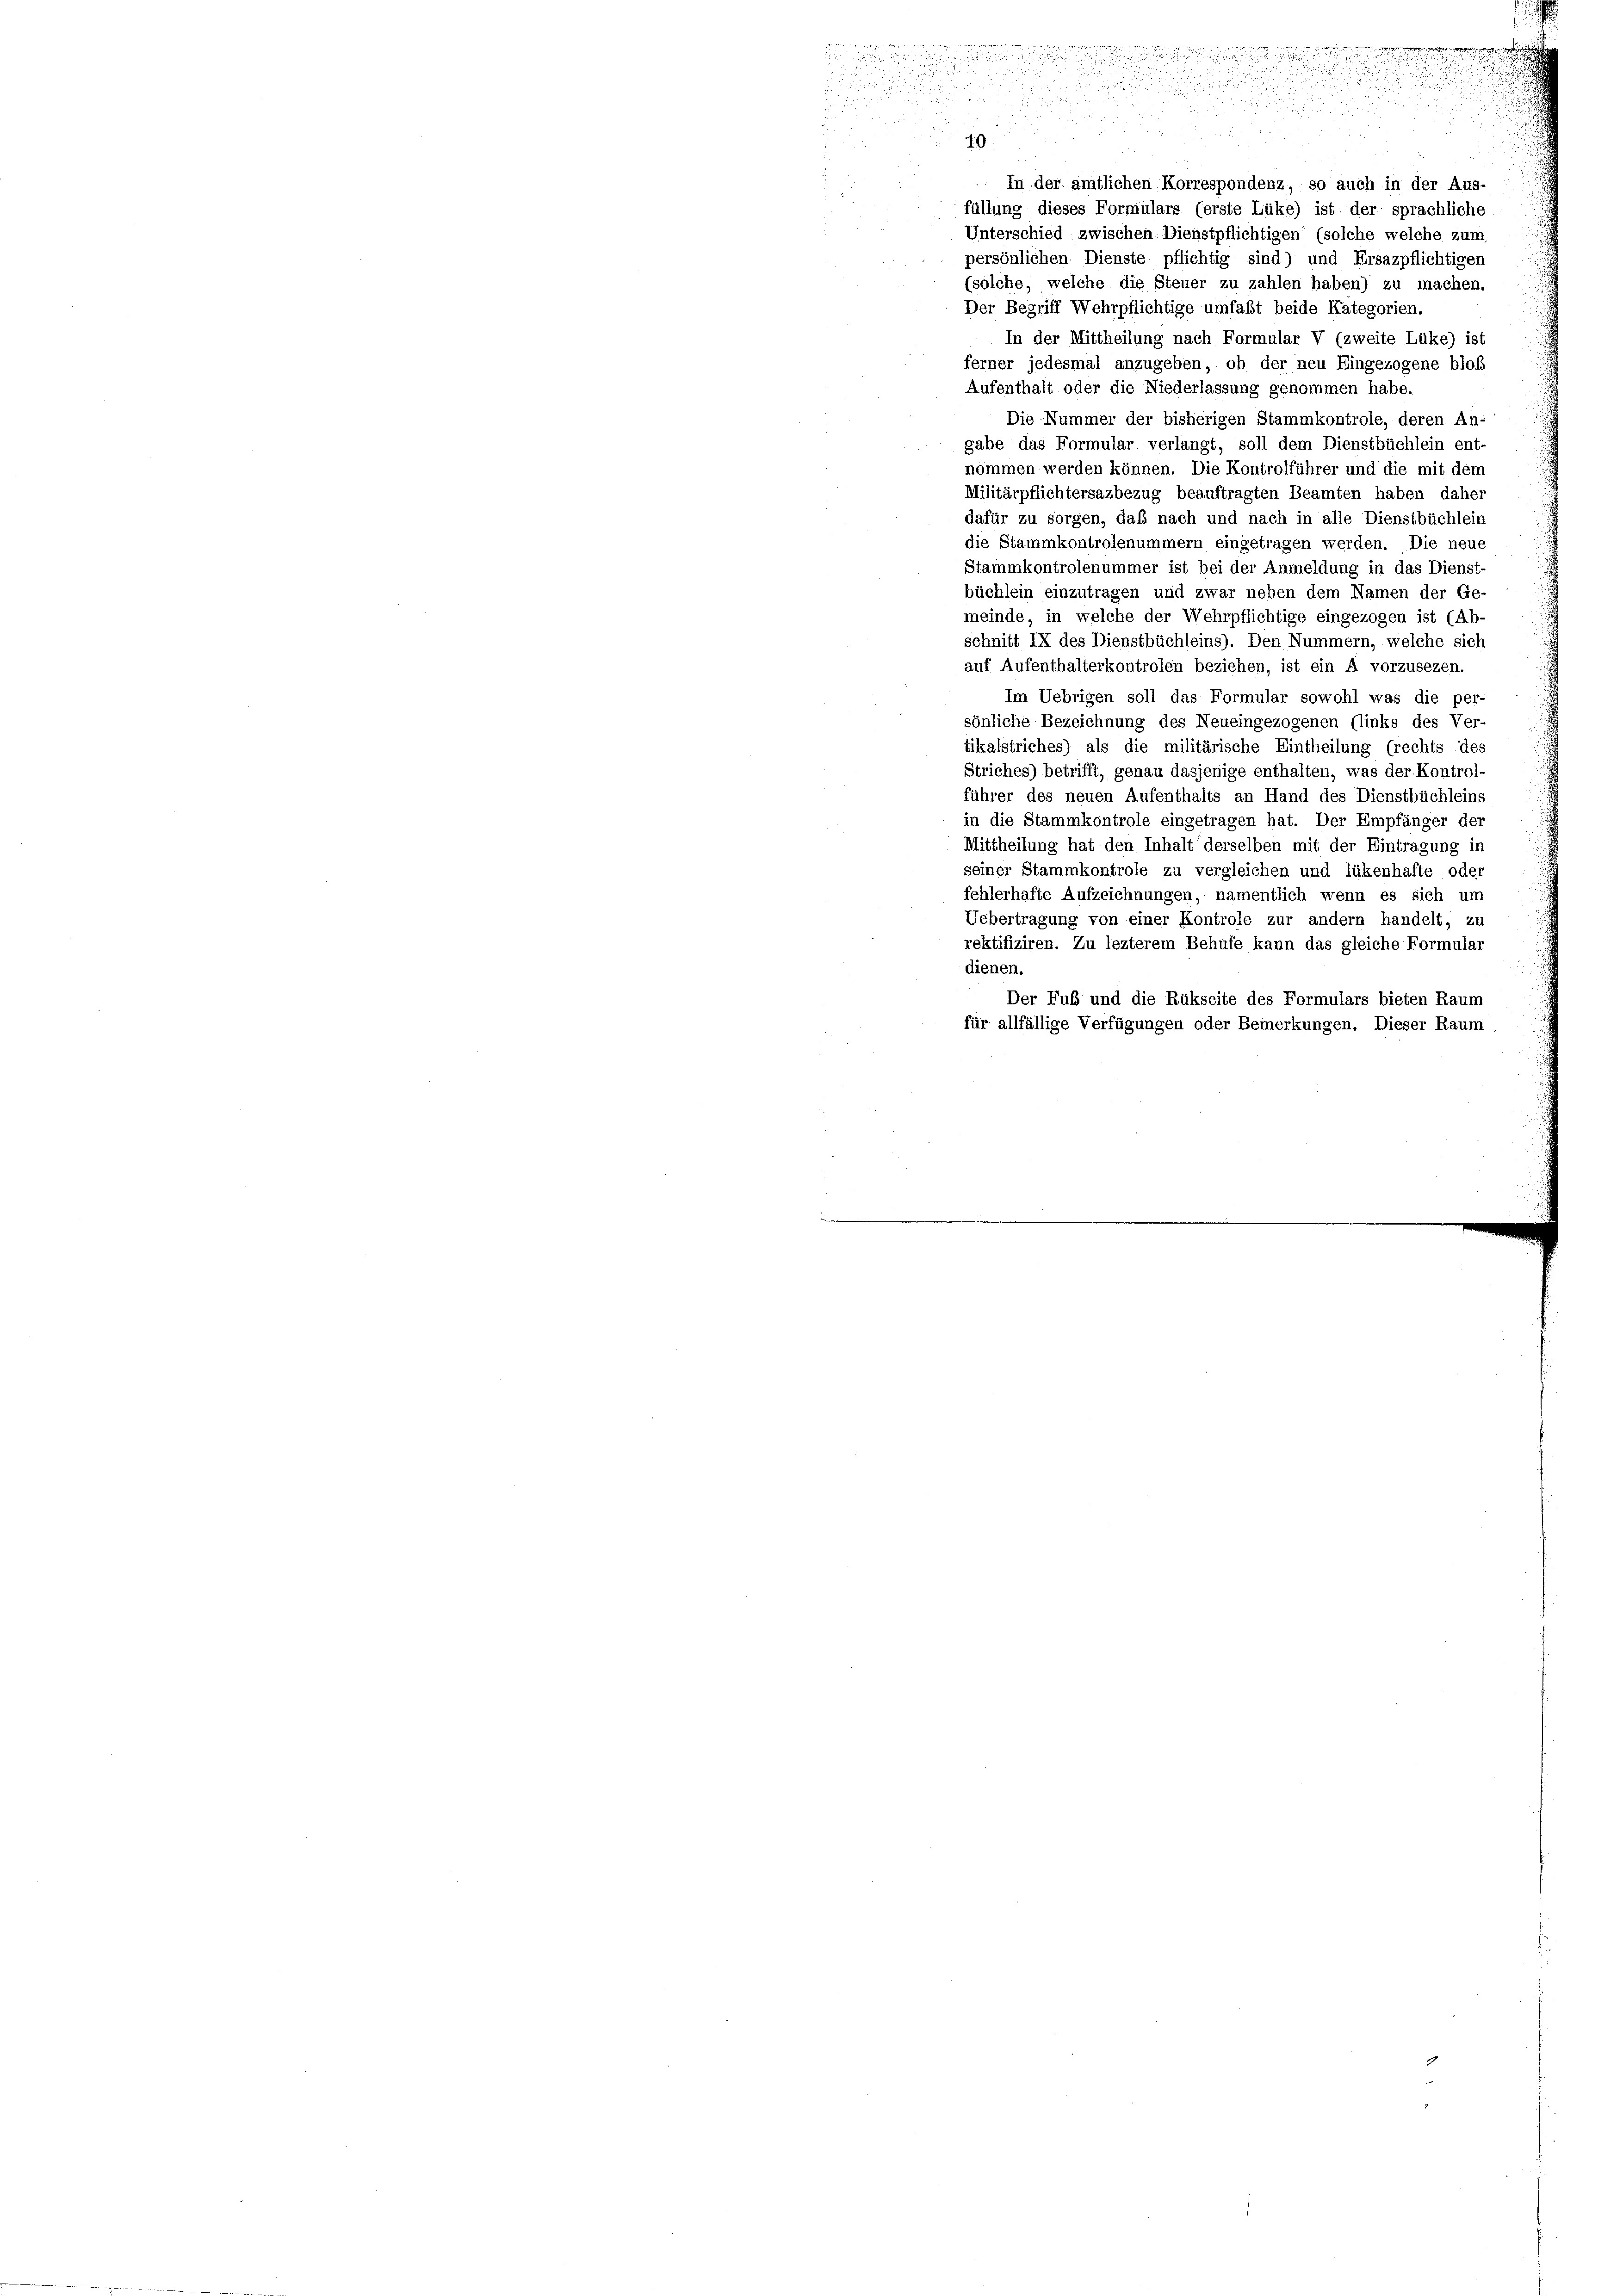
ees an einer ritten

.
i
u
a

.
¬

u

.

i

40.

In der amtlichen Korrespondenz, so auch in der Aus-
füllung dieses Formulars (erste Lüke) ist der sprachliche
Unterschied zwischen Dienstpflichtigen (solche welche zum
persönlichen Dienste pflichtig sind) und Ersazpflichtigen
(solche, welche die Steuer zu zahlen haben) zu machen.
Der Begriff Wehrpflichtige umfaßt beide Kategorien.
In der Mittheilung nach Formular V (zweite Lüke) ist
ferner jedesmal anzugeben, ob der neu Eingezogene bloß
Aufenthalt oder die Niederlassung genommen habe.
Die Nummer der bisherigen Stammkontrole, deren An-
gabe das Formular verlangt, soll dem Dienstbüchlein ent-
nommen werden können. Die Kontrolführer und die mit dem
Militärpflichtersazbezug beauftragten Beamten haben daher
dafür zu sorgen, daß nach und nach in alle Dienstbüchlein
die Stammkontrolenummern eingetragen werden. Die neue
Stammkontrolenummer ist bei der Anmeldung in das Dienst-
büchlein einzutragen und zwar neben dem Namen der Ge-
meinde, in welche der Wehrpflichtige eingezogen ist (Ab-
schnitt IX des Dienstbüchleins). Den Nummern, welche sich
auf Aufenthalterkontrolen beziehen, ist ein A vorzusezen.
Im Uebrigen soll das Formular sowohl was die per-
sönliche Bezeichnung des Neueingezogenen (links des Ver-
tikalstriches) als die militärische Eintheilung (rechts des
Striches) betrifft, genau dasjenige enthalten, was der Kontrol-
führer des neuen Aufenthalts an Hand des Dienstbüchleins
in die Stammkontrole eingetragen hat. Der Empfänger der
Mittheilung hat den Inhalt derselben mit der Eintragung in
seiner Stammkontrole zu vergleichen und lükenhafte oder
fehlerhafte Aufzeichnungen, namentlich wenn es sich um
Uebertragung von einer Kontrole zur andern handelt, zu
rektifiziren. Zu lezterem Behufe kann das gleiche Formular
dienen.
Der Fuß und die Rükseite des Formulars bieten Raum
für allfällige Verfügungen oder Bemerkungen. Dieser Raum